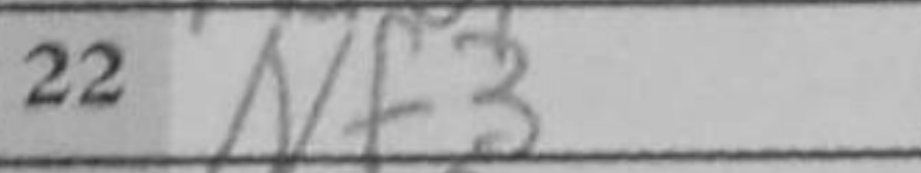
Transcription: Nf3